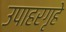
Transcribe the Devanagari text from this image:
उपाहरगृहे